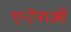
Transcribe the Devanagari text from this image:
एन्टेनाओं